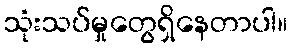
သုံးသပ်မှုတွေရှိနေတာပါ။